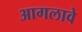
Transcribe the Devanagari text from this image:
आगलावे